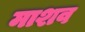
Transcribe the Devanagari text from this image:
माशव